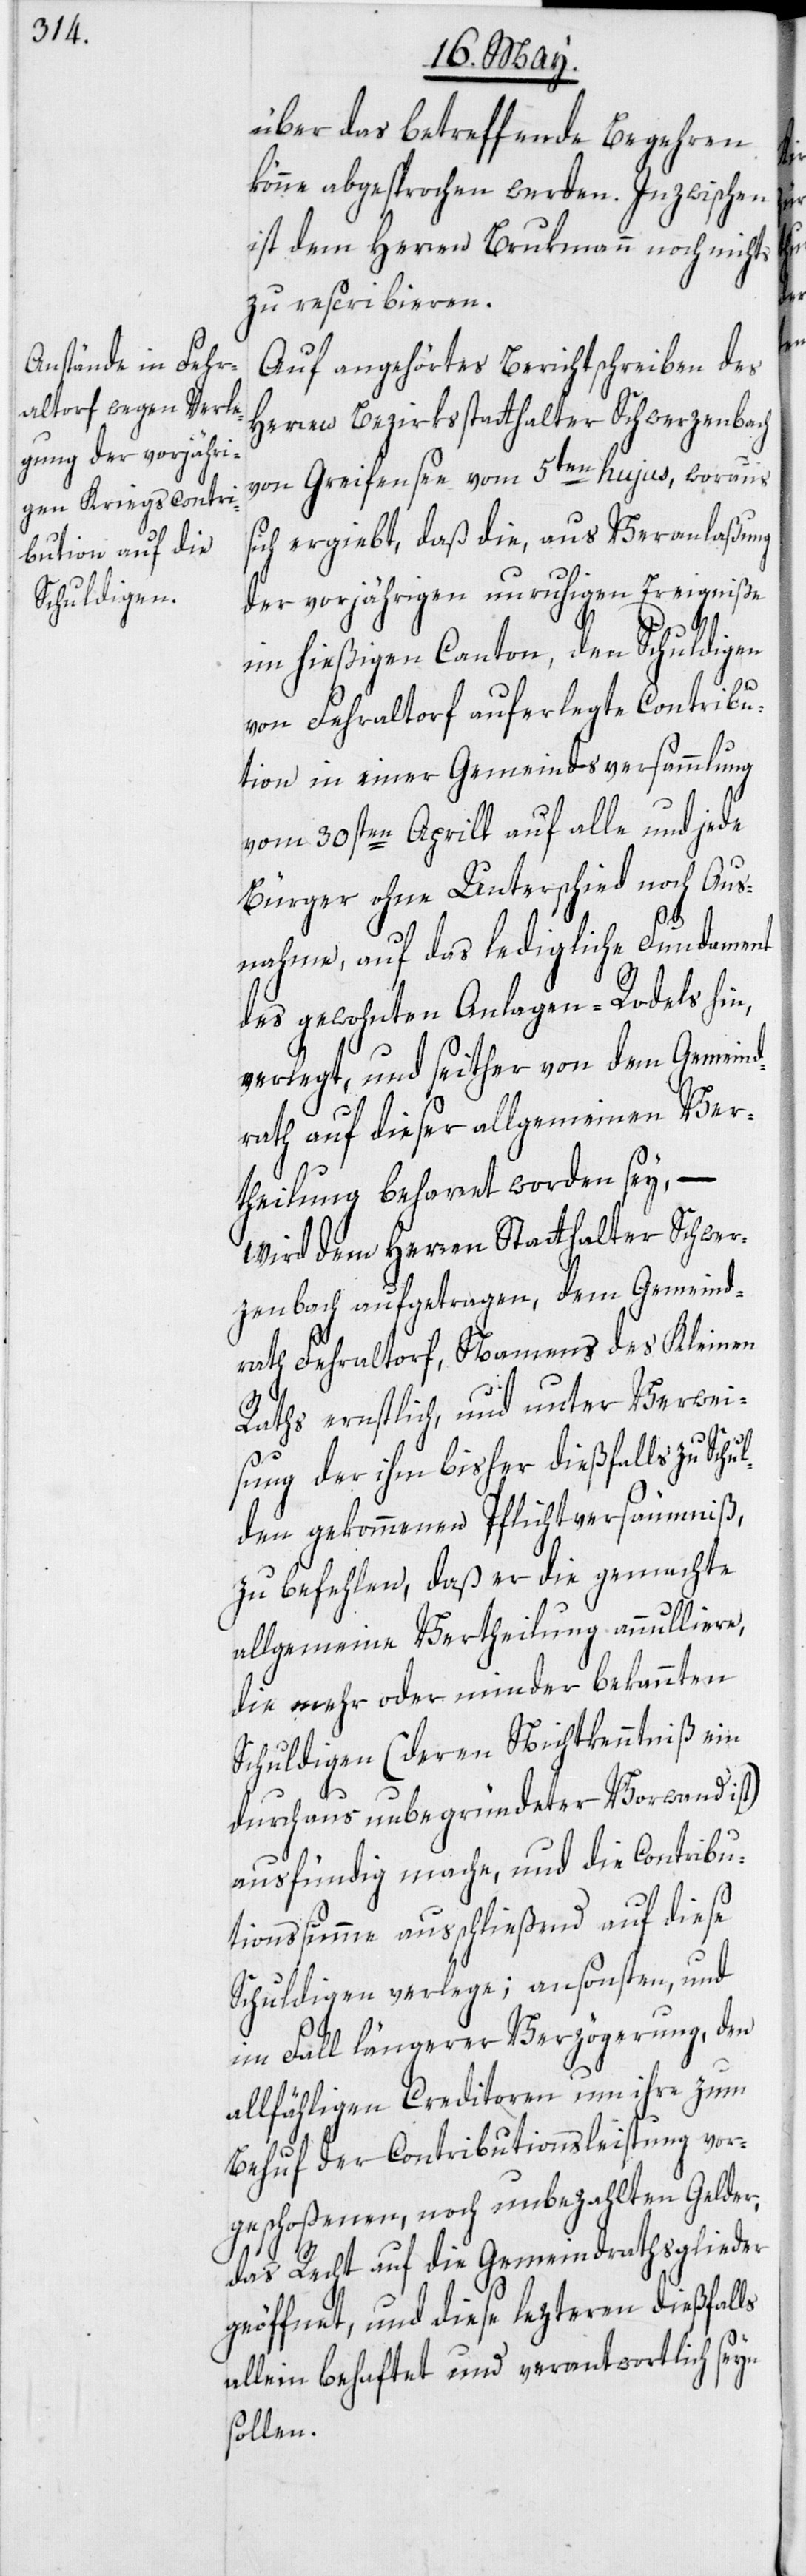
über das betreffende Begehren
könne abgesprochen werden. Inzwischen
ist dem Herren Brukmann [sic!] noch
zu rescribieren.
Auf angehörtes Berichtschreiben des
Herren Bezirksstatthalter Schwerzenbach
von Greifensee vom 5ten hujus, woraus
sich ergiebt, daß die, aus Veranlaßung
der vorjährigen unruhigen Ereigniße
im hießigen Canton, den Schuldigen
von Fehraltorf auferlegte Contribu¬
tion in einer Gemeindsversammlung
vom 30sten Aprill auf alle und jede
Bürger ohne Unterschied noch Aus¬
nahme, auf das ledigliche Fundament
des gewohnten Anlagen-Rodels hin,
verlegt, und seither von dem Gemeind¬
rath auf dieser allgemeinen Ver¬
theilung beharret worden sey, –
wird dem Herren Statthalter Schwer¬
zenbach aufgetragen, dem Gemeind¬
rath Fehraltorf, Namens des Kleinen
Raths ernstlich, und unter Verwei¬
sung der ihm bisher dießfalls zu Schu¬
lden gekommenen Pflichtversäumniß,
zu befehlen, daß er die gemachte
allgemeine Vertheilung annulliere,
die mehr oder minder bekannten
Schuldigen (deren Nichtkenntniß ein
durchaus unbegründeter Vorwand ist)
ausfündig mache, und die Contribu¬
tionssumme ausschließend auf diese
Schuldigen verlege; ansonsten, und
im Fall längerer Verzögerung, den
allfähligen Creditoren um ihre zum
Behuf der Contributionsleistung vor¬
geschoßenen, noch unbezahlten Gelder,
das Recht auf die Gemeindrathsglieder
geöffnet, und diese lezteren dießfalls
allein behaftet und verantwortlich seyn
sollen.